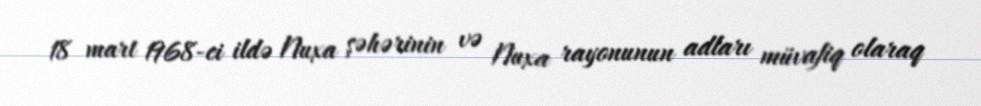
18 mart 1968-ci ildə Nuxa şəhərinin və Nuxa rayonunun adları müvafiq olaraq